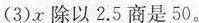
(3)x除以2.5商是50。